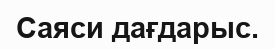
Саяси дағдарыс.